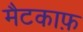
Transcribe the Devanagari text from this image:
मैटकाफ़